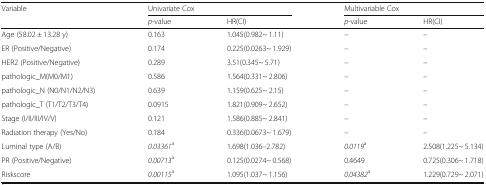
<table><thead><tr><td rowspan="2"><b>Variable</b></td><td colspan="2"><b>Univariate Cox</b></td><td colspan="2"><b>Multivariable Cox</b></td></tr><tr><td><b><i>p</i>-value</b></td><td><b>HR(CI)</b></td><td><b><i>p</i>-value</b></td><td><b>HR(CI)</b></td></tr></thead><tbody><tr><td>Age (58.02 ± 13.28 y)</td><td>0.163</td><td>1.045(0.982~ 1.11)</td><td>–</td><td>–</td></tr><tr><td>ER (Positive/Negative)</td><td>0.174</td><td>0.225(0.0263~ 1.929)</td><td>–</td><td>–</td></tr><tr><td>HER2 (Positive/Negative)</td><td>0.289</td><td>3.51(0.345~ 5.71)</td><td>–</td><td>–</td></tr><tr><td>pathologic_M(M0/M1)</td><td>0.586</td><td>1.564(0.331~ 2.806)</td><td>–</td><td>–</td></tr><tr><td>pathologic_N (N0/N1/N2/N3)</td><td>0.639</td><td>1.159(0.625~ 2.15)</td><td>–</td><td>–</td></tr><tr><td>pathologic_T (T1/T2/T3/T4)</td><td>0.0915</td><td>1.821(0.909~ 2.652)</td><td>–</td><td>–</td></tr><tr><td>Stage (I/II/III/IV/V)</td><td>0.121</td><td>1.586(0.885~ 2.841)</td><td>–</td><td>–</td></tr><tr><td>Radiation therapy (Yes/No)</td><td>0.184</td><td>0.336(0.0673~ 1.679)</td><td>–</td><td>–</td></tr><tr><td>Luminal type (A/B)</td><td><i>0.03361</i><sup>a</sup></td><td>1.698(1.036–2.782)</td><td><i>0.0119</i><sup>a</sup></td><td>2.508(1.225~ 5.134)</td></tr><tr><td>PR (Positive/Negative)</td><td><i>0.00713</i><sup>a</sup></td><td>0.125(0.0274~ 0.568)</td><td>0.4649</td><td>0.725(0.306~ 1.718)</td></tr><tr><td>Riskscore</td><td><i>0.00115</i><sup>a</sup></td><td>1.095(1.037~ 1.156)</td><td><i>0.04382</i><sup>a</sup></td><td>1.229(0.729~ 2.071)</td></tr></tbody></table>